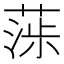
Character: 𦶵